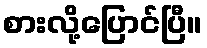
စားလို့ပြောင်ပြီ။